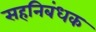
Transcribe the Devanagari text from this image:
सहनिबंधक